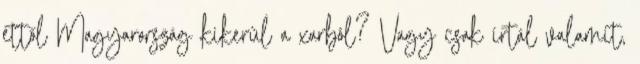
ettől Magyarország kikerül a xarból? Vagy csak írtál valamit,